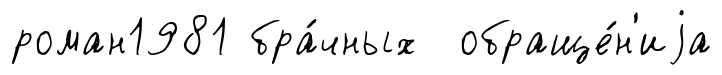
роман1981 бра́чных обраще́н'иjа